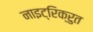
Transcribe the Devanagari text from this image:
नाइट्रिक्रुत